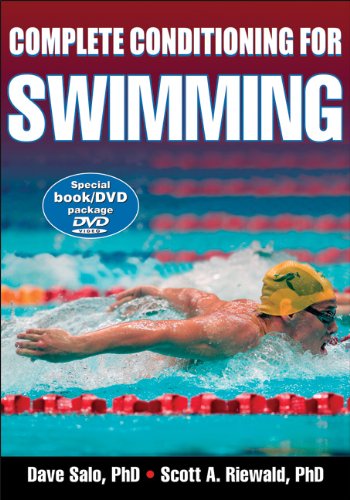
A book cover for Complete Conditioning for Swimming (Complete Conditioning for Sports Series); David Salo; Health, Fitness & Dieting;